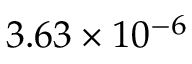
3 . 6 3 \times 1 0 ^ { - 6 }